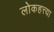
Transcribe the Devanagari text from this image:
लोकहत्त्या